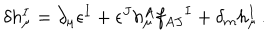
LaTeX: \delta h _ { \mu } ^ { I } = \partial _ { \mu } \epsilon ^ { I } + \epsilon ^ { J } h _ { \mu } ^ { A } f _ { A J } { } ^ { I } + \delta _ { m } h _ { \mu } ^ { I } \, .